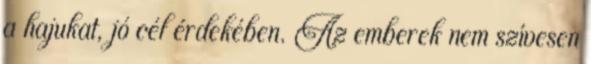
a hajukat, jó cél érdekében. Az emberek nem szívesen